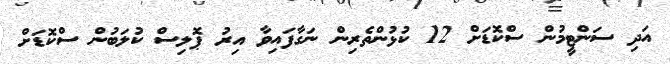
އަދި ސަންޓީމުން ސްކޮޑަށް 12 ކުޅުންތެރިން ނަގާފައިވާ އިރު ޕޮލިސް ކުލަބުން ސްކޮޑަށް